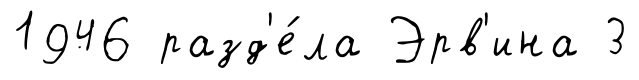
1946 разд'е́ла Эрв'ина 3